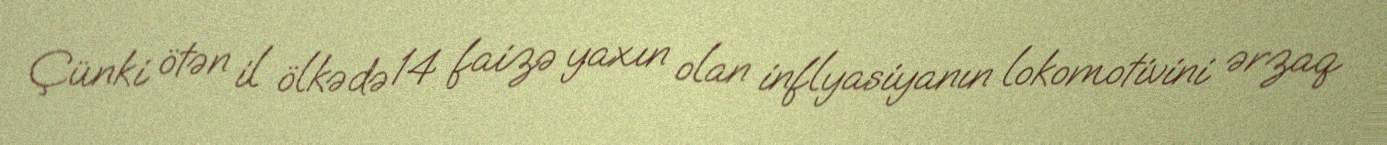
Çünki ötən il ölkədə 14 faizə yaxın olan inflyasiyanın lokomotivini ərzaq